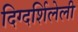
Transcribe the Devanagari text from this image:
दिग्दर्शिलेली